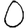
Digit: 0